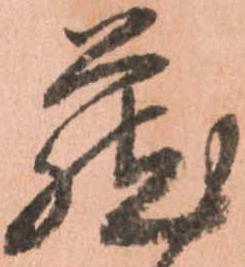
蔵